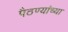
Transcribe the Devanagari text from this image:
पैठण्यांच्या